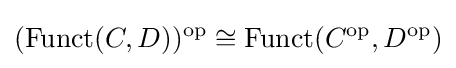
(\mathrm {Funct} (C,D))^{\text{op}}\cong \mathrm {Funct} (C^{\text{op}},D^{\text{op}})